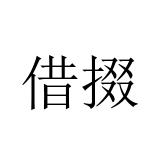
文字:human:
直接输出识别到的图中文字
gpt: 借掇